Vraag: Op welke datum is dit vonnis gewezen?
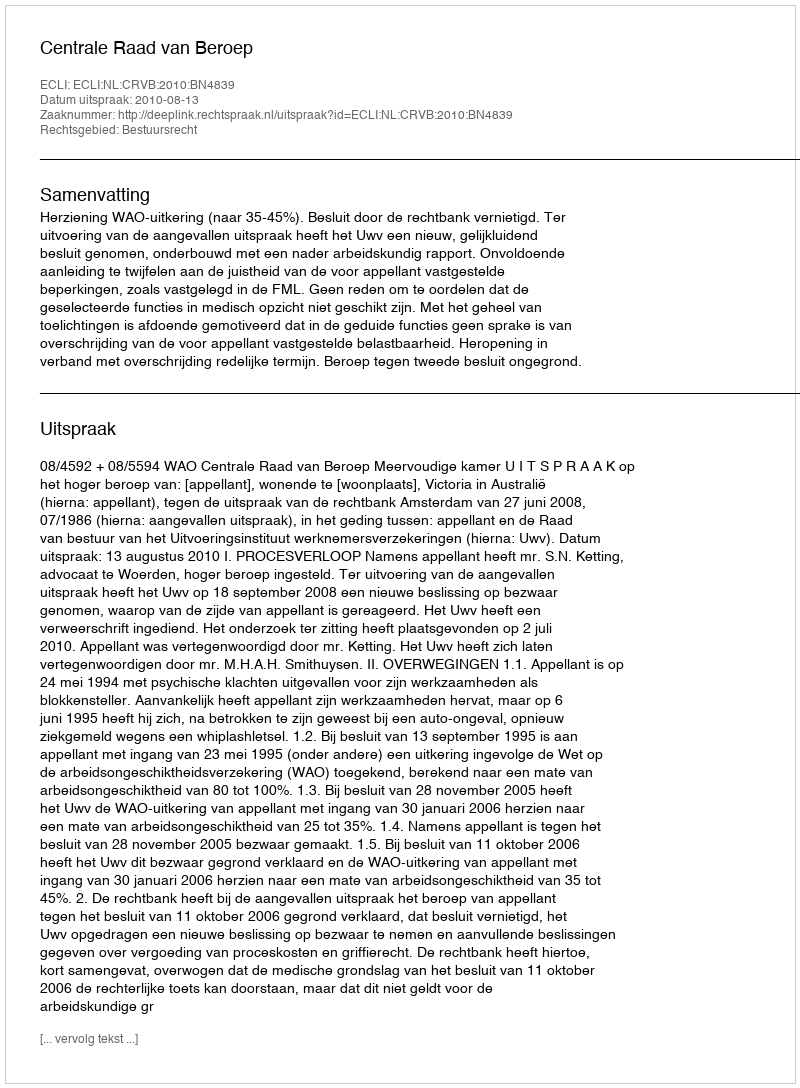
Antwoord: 2010-08-13